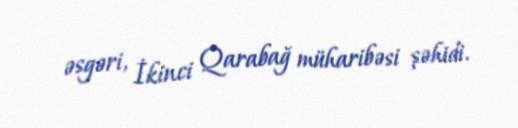
əsgəri, İkinci Qarabağ müharibəsi şəhidi.